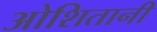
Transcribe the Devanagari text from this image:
ओशितानी